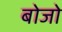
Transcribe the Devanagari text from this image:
बोजो